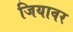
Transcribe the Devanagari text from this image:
जियावर